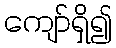
ကျော်ရှိ၍